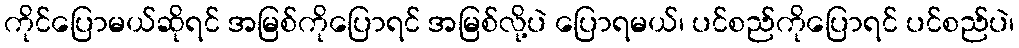
ကိုင်ပြောမယ်ဆိုရင် အမြစ်ကိုပြောရင် အမြစ်လို့ပဲ ပြောရမယ်၊ ပင်စည်ကိုပြောရင် ပင်စည်ပဲ၊